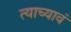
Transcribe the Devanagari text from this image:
त्याच्यावं